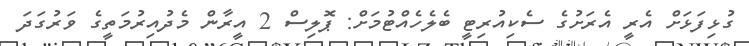
ގުޅިފަޅަށް އެރީ އެރަށުގެ ސެކިއުރިޓީ ބެލެހެއްޓުމަށް: ޕޮލިސް 2 އީރާން މެދުއިރުމަތީގެ ވަރުގަދަ